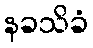
နခသိခံ